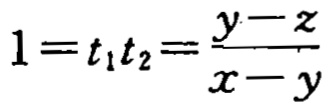
\(1 = t_1t_2=\frac{y - z}{x - y}\)